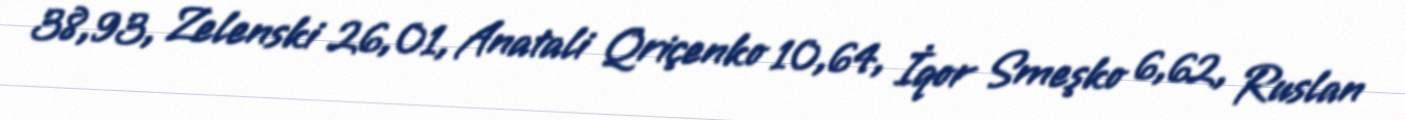
38,93, Zelenski 26,01, Anatali Qriçenko 10,64, İqor Smeşko 6,62, Ruslan